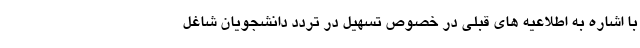
با اشاره به اطلاعیه های قبلی در خصوص تسهیل در تردد دانشجویان شاغل